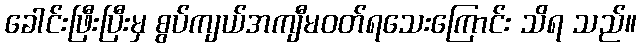
ခေါင်းဖြီးပြီးမှ စွပ်ကျယ်အကျီမဝတ်ရသေးကြောင်း သိရ သည်။